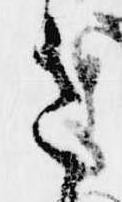
さ